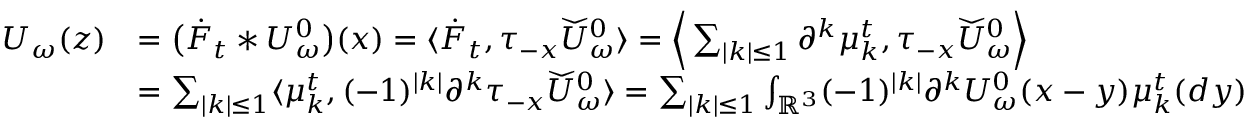
\begin{array} { r l } { U _ { \omega } ( z ) } & { = \big ( \Dot { F } _ { t } * U _ { \omega } ^ { 0 } \big ) ( x ) = \langle \Dot { F } _ { t } , \tau _ { - x } \widecheck { U } _ { \omega } ^ { 0 } \rangle = \Big \langle \sum _ { | k | \leq 1 } \partial ^ { k } \mu _ { k } ^ { t } , \tau _ { - x } \widecheck { U } _ { \omega } ^ { 0 } \Big \rangle } \\ & { = \sum _ { | k | \leq 1 } \langle \mu _ { k } ^ { t } , ( - 1 ) ^ { | k | } \partial ^ { k } \tau _ { - x } \widecheck { U } _ { \omega } ^ { 0 } \rangle = \sum _ { | k | \leq 1 } \int _ { \mathbb { R } ^ { 3 } } ( - 1 ) ^ { | k | } \partial ^ { k } U _ { \omega } ^ { 0 } ( x - y ) \mu _ { k } ^ { t } ( d y ) } \end{array}